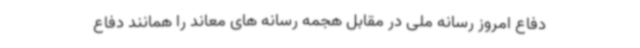
دفاع امروز رسانه ملی در مقابل هجمه رسانه های معاند را همانند دفاع